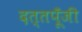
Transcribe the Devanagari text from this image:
दत्तपूँजी